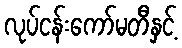
လုပ်ငန်းကော်မတီနှင့်